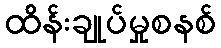
ထိန်းချုပ်မှုစနစ်